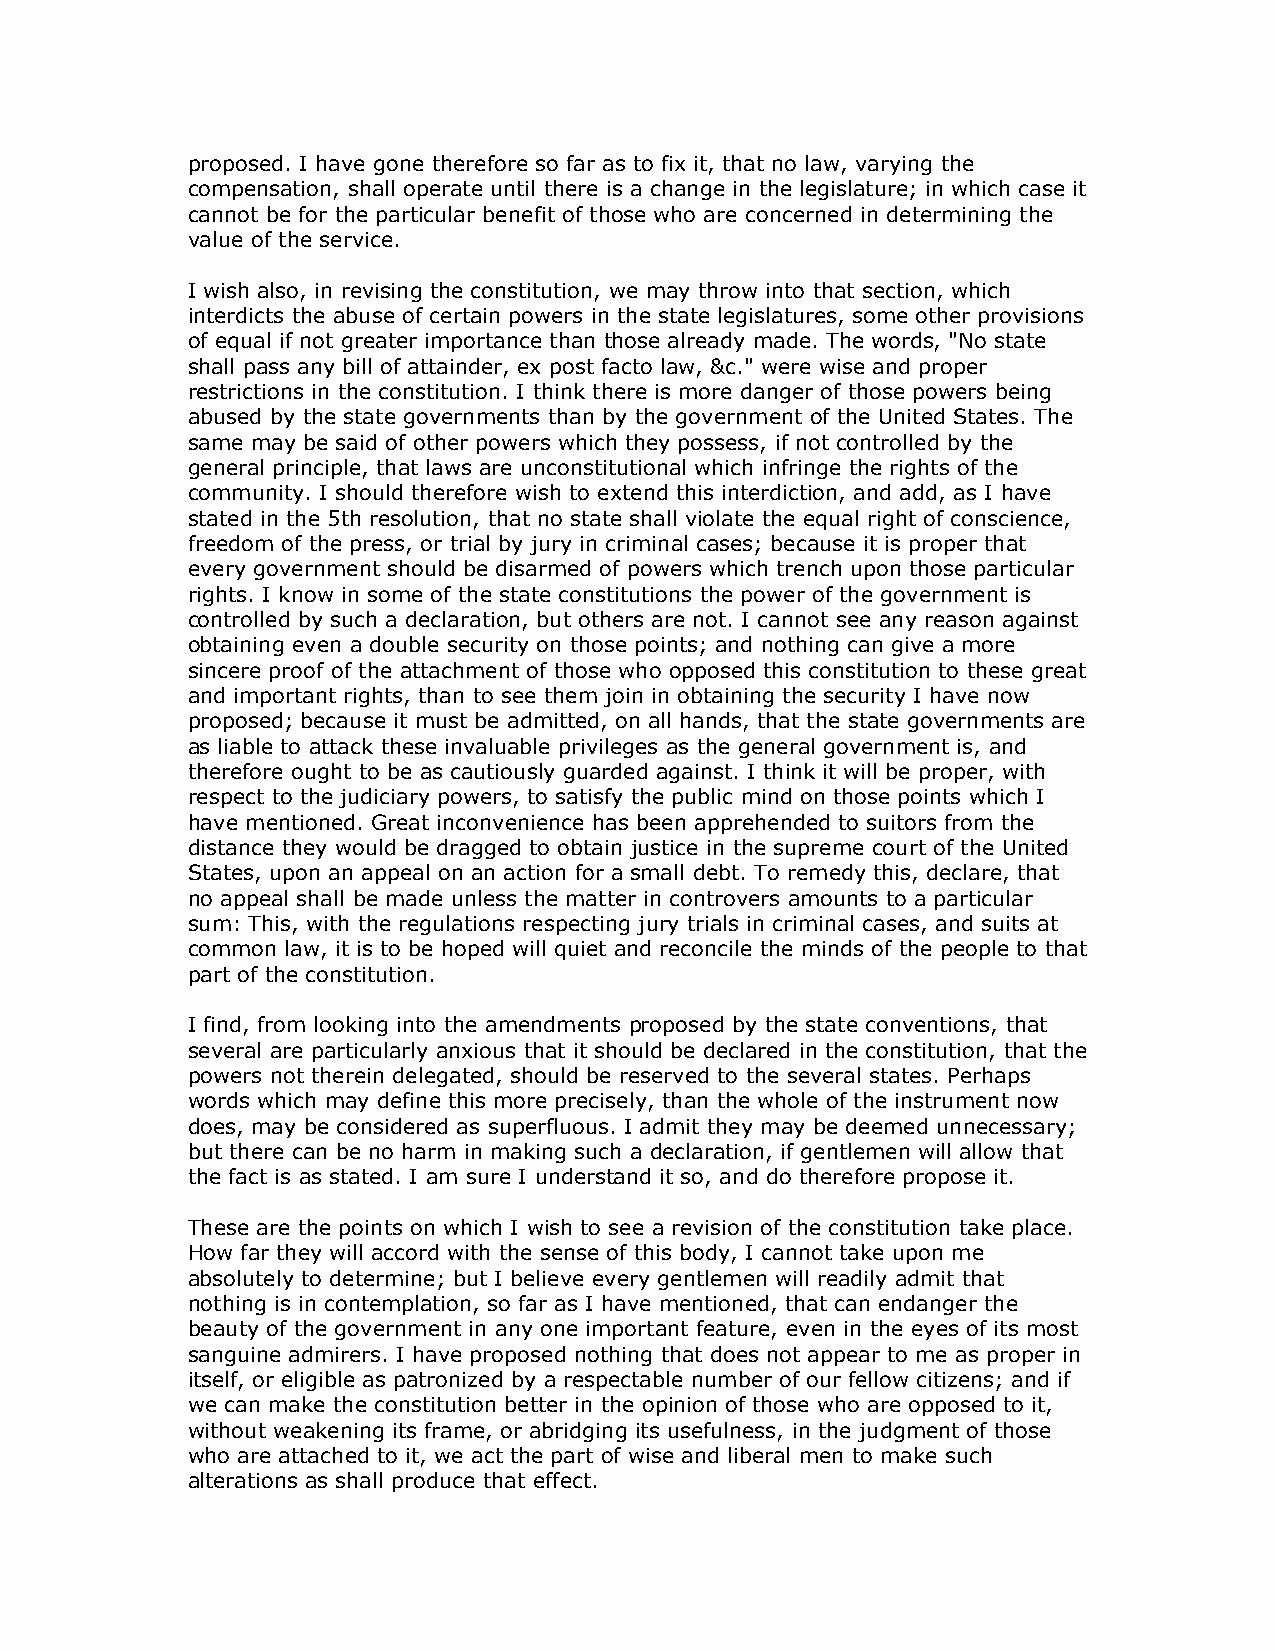
proposed. I have gone therefore so far as to fix it, that no law, varying the
 compensation, shall operate until there is a change in the legislature; in which case it
 cannot be for the particular benefit of those who are concerned in determining the
 value of the service.
 I wish also, in revising the constitution, we may throw into that section, which
 interdicts the abuse of certain powers in the state legislatures, some other provisions
 of equal if not greater importance than those already made. The words, "No state
 shall pass any bill of attainder, ex post facto law, &c." were wise and proper
 restrictions in the constitution. I think there is more danger of those powers being
 abused by the state governments than by the government of the United States. The
 same may be said of other powers which they possess, if not controlled by the
 general principle, that laws are unconstitutional which infringe the rights of the
 community. I should therefore wish to extend this interdiction, and add, as I have
 stated in the 5th resolution, that no state shall violate the equal right of conscience,
 freedom of the press, or trial by jury in criminal cases; because it is proper that
 every government should be disarmed of powers which trench upon those particular
 rights. I know in some of the state constitutions the power of the government is
 controlled by such a declaration, but others are not. I cannot see any reason against
 obtaining even a double security on those points; and nothing can give a more
 sincere proof of the attachment of those who opposed this constitution to these great
 and important rights, than to see them join in obtaining the security I have now
 proposed; because it must be admitted, on all hands, that the state governments are
 as liable to attack these invaluable privileges as the general government is, and
 therefore ought to be as cautiously guarded against. I think it will be proper, with
 respect to the judiciary powers, to satisfy the public mind on those points which I
 have mentioned. Great inconvenience has been apprehended to suitors from the
 distance they would be dragged to obtain justice in the supreme court of the United
 States, upon an appeal on an action for a small debt. To remedy this, declare, that
 no appeal shall be made unless the matter in controvers amounts to a particular
 sum: This, with the regulations respecting jury trials in criminal cases, and suits at
 common law, it is to be hoped will quiet and reconcile the minds of the people to that
 part of the constitution.
 I find, from looking into the amendments proposed by the state conventions, that
 several are particularly anxious that it should be declared in the constitution, that the
 powers not therein delegated, should be reserved to the several states. Perhaps
 words which may define this more precisely, than the whole of the instrument now
 does, may be considered as superfluous. I admit they may be deemed unnecessary;
 but there can be no harm in making such a declaration, if gentlemen will allow that
 the fact is as stated. I am sure I understand it so, and do therefore propose it.
 These are the points on which I wish to see a revision of the constitution take place.
 How far they will accord with the sense of this body, I cannot take upon me
 absolutely to determine; but I believe every gentlemen will readily admit that
 nothing is in contemplation, so far as I have mentioned, that can endanger the
 beauty of the government in any one important feature, even in the eyes of its most
 sanguine admirers. I have proposed nothing that does not appear to me as proper in
 itself, or eligible as patronized by a respectable number of our fellow citizens; and if
 we can make the constitution better in the opinion of those who are opposed to it,
 without weakening its frame, or abridging its usefulness, in the judgment of those
 who are attached to it, we act the part of wise and liberal men to make such
 alterations as shall produce that effect.